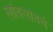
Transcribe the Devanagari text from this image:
लांबलांबचे